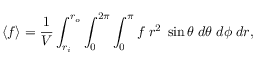
\left\langle f \right\rangle = \frac { 1 } { V } \int _ { r _ { i } } ^ { r _ { o } } \int _ { 0 } ^ { 2 \pi } \int _ { 0 } ^ { \pi } f \; r ^ { 2 } \; \sin { \theta } \; d \theta \; d \phi \; d r ,